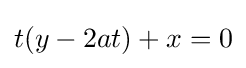
t(y-2at)+x=0